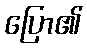
ပြော၏